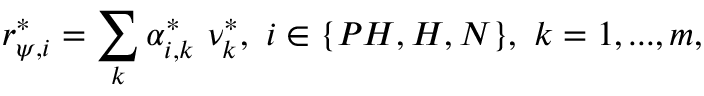
r _ { \psi , i } ^ { * } = \sum _ { k } \alpha _ { i , k } ^ { * } \ \nu _ { k } ^ { * } , \ i \in \{ P H , H , N \} , \ k = 1 , . . . , m ,